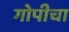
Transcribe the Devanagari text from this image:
गोपीचा